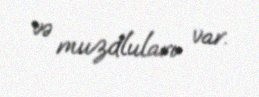
və muzdluları var.